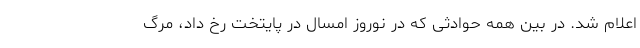
اعلام شد. در بین همه حوادثی که در نوروز امسال در پایتخت رخ داد، مرگ